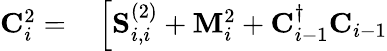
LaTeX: \begin{array}{rl}{\mathbf{C}_{i}^{2}=}&{{}\left[\mathbf{S}_{i,i}^{(2)}+\mathbf{M}_{i}^{2}+\mathbf{C}_{i-1}^{\dagger}\mathbf{C}_{i-1}\right.}\end{array}